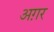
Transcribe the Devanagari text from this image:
अग़र